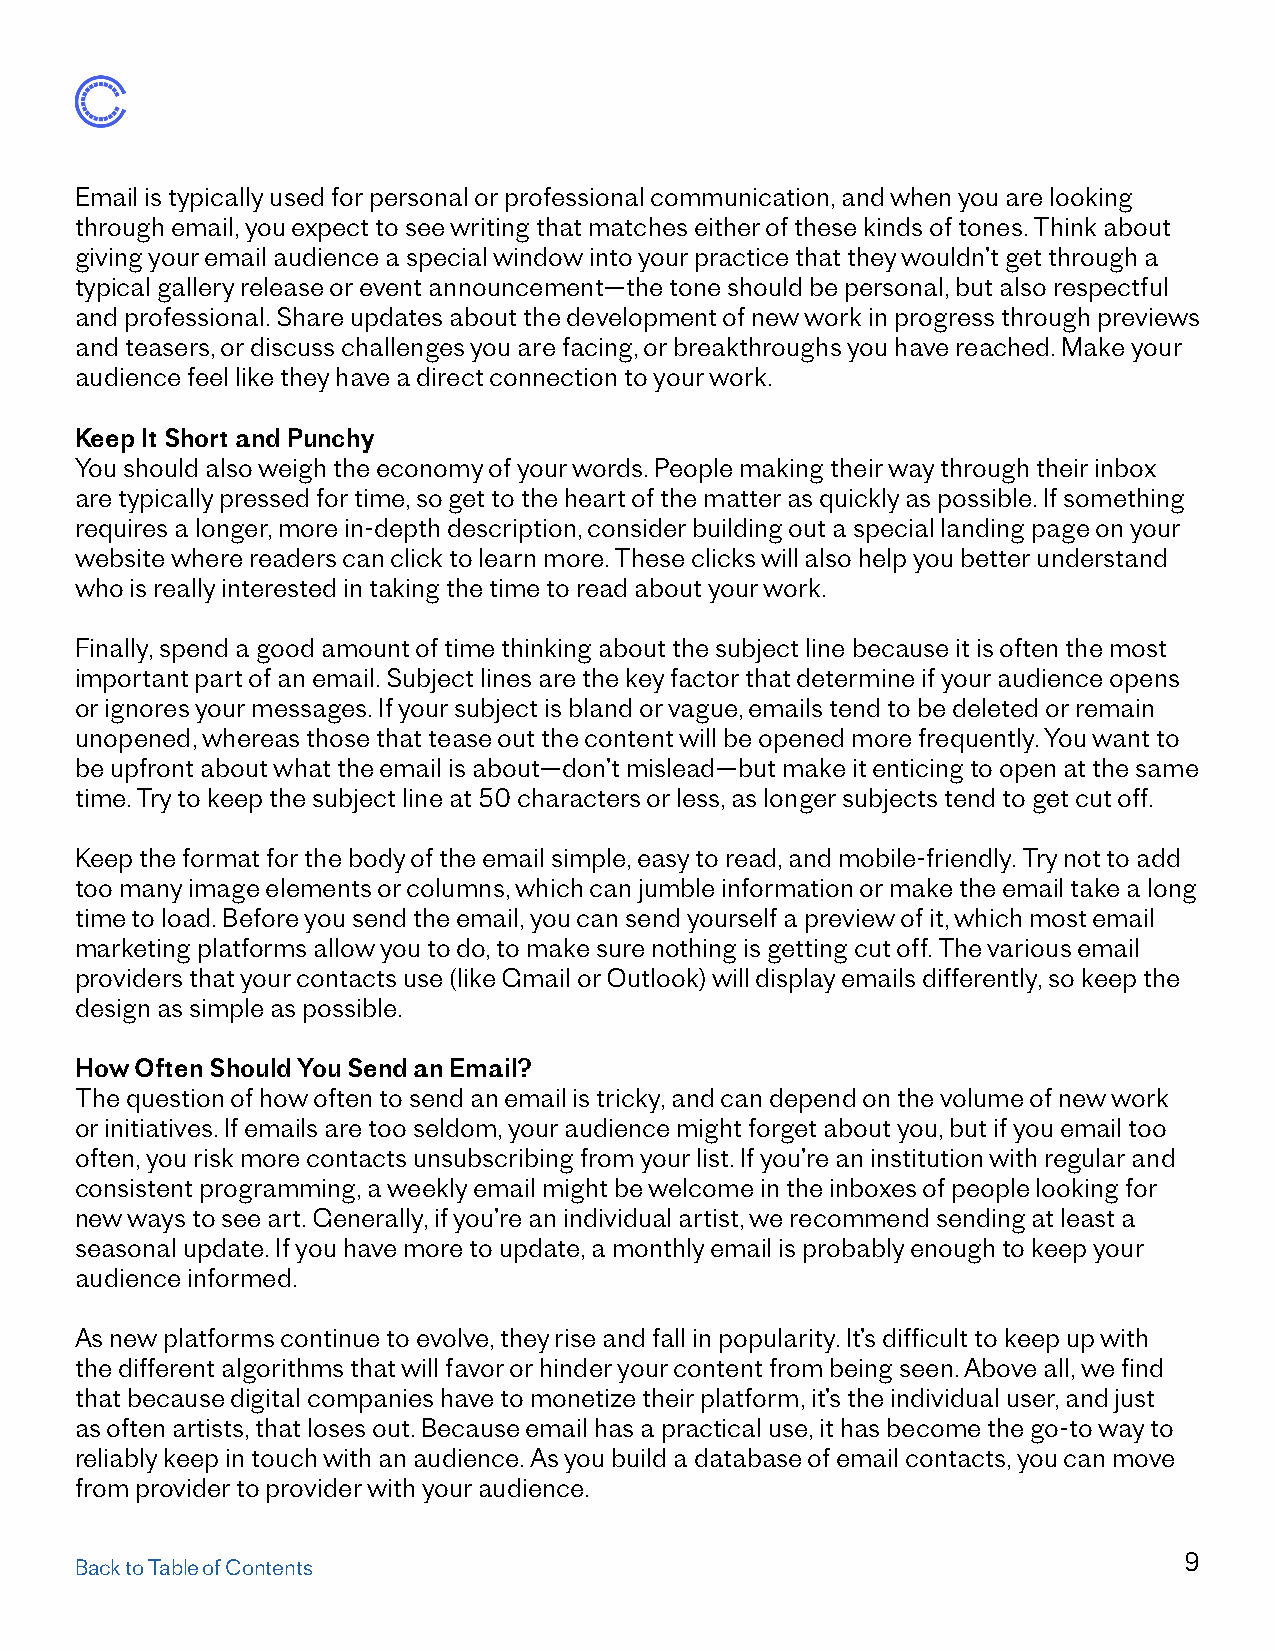
Email is typically used for personal or professional communication, and when you are looking
 through email, you expect to see writing that matches either of these kinds of tones. Think about
 giving your email audience a special window into your practice that they wouldn’t get through a
 typical gallery release or event announcement—the tone should be personal, but also respectful
 and professional. Share updates about the development of new work in progress through previews
 and teasers, or discuss challenges you are facing, or breakthroughs you have reached. Make your
 audience feel like they have a direct connection to your work.
 Keep It Short and Punchy
 You should also weigh the economy of your words. People making their way through their inbox
 are typically pressed for time, so get to the heart of the matter as quickly as possible. If something
 requires a longer, more in-depth description, consider building out a special landing page on your
 website where readers can click to learn more. These clicks will also help you better understand
 who is really interested in taking the time to read about your work.
 Finally, spend a good amount of time thinking about the subject line because it is often the most
 important part of an email. Subject lines are the key factor that determine if your audience opens
 or ignores your messages. If your subject is bland or vague, emails tend to be deleted or remain
 unopened, whereas those that tease out the content will be opened more frequently. You want to
 be upfront about what the email is about—don’t mislead—but make it enticing to open at the same
 time. Try to keep the subject line at 50 characters or less, as longer subjects tend to get cut off.
 Keep the format for the body of the email simple, easy to read, and mobile-friendly. Try not to add
 too many image elements or columns, which can jumble information or make the email take a long
 time to load. Before you send the email, you can send yourself a preview of it, which most email
 marketing platforms allow you to do, to make sure nothing is getting cut off. The various email
 providers that your contacts use (like Gmail or Outlook) will display emails differently, so keep the
 design as simple as possible.
 How Often Should You Send an Email?
 The question of how often to send an email is tricky, and can depend on the volume of new work
 or initiatives. If emails are too seldom, your audience might forget about you, but if you email too
 often, you risk more contacts unsubscribing from your list. If you’re an institution with regular and
 consistent programming, a weekly email might be welcome in the inboxes of people looking for
 new ways to see art. Generally, if you’re an individual artist, we recommend sending at least a
 seasonal update. If you have more to update, a monthly email is probably enough to keep your
 audience informed.
 As new platforms continue to evolve, they rise and fall in popularity. It’s difficult to keep up with
 the different algorithms that will favor or hinder your content from being seen. Above all, we find
 that because digital companies have to monetize their platform, it’s the individual user, and just
 as often artists, that loses out. Because email has a practical use, it has become the go-to way to
 reliably keep in touch with an audience. As you build a database of email contacts, you can move
 from provider to provider with your audience.
 9
 Back to Table of Contents